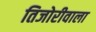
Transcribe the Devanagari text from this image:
तिजोरीवाला